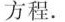
方程.